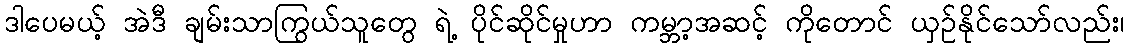
ဒါပေမယ့် အဲဒီ ချမ်းသာကြွယ်သူတွေ ရဲ့ ပိုင်ဆိုင်မှုဟာ ကမ္ဘာ့အဆင့် ကိုတောင် ယှဉ်နိုင်သော်လည်း၊